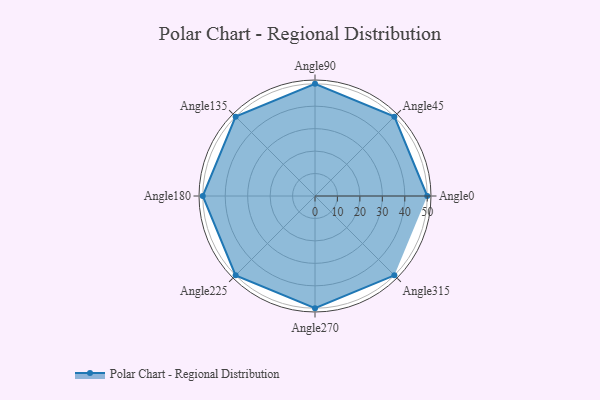
{"axis": {"x": "Angle", "y": "Radius"}, "legend": [""], "data": [{"x": "Angle0", "y": 50, "type": ""}, {"x": "Angle45", "y": 50, "type": ""}, {"x": "Angle90", "y": 50, "type": ""}, {"x": "Angle135", "y": 50, "type": ""}, {"x": "Angle180", "y": 50, "type": ""}, {"x": "Angle225", "y": 50, "type": ""}, {"x": "Angle270", "y": 50, "type": ""}, {"x": "Angle315", "y": 50, "type": ""}]}